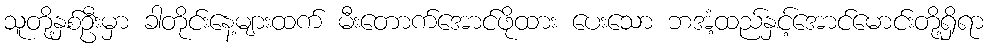
သူတို့နှစ်ဦးမှာ ခါတိုင်းနေ့များထက် မီးတောက်အောင်ဖိုထား ပေးသော ဘအံ့ထည်နှင့်အောင်မောင်းတို့ရှိရာ